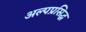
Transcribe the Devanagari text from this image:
अल्पप्रसिद्ध